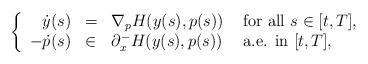
LaTeX: \begin{align*}\left\lbrace\begin{array}{rlll}\dot{y}(s)&= &\nabla_p H(y(s),p(s)) & \mbox{ for all }s\in [t,T], \\-\dot{p}(s)&\in &\partial_x^- H(y(s),p(s))&\mbox{ a.e. in }[t,T],\end{array}\right.\end{align*}